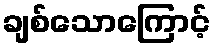
ချစ်သောကြောင့်